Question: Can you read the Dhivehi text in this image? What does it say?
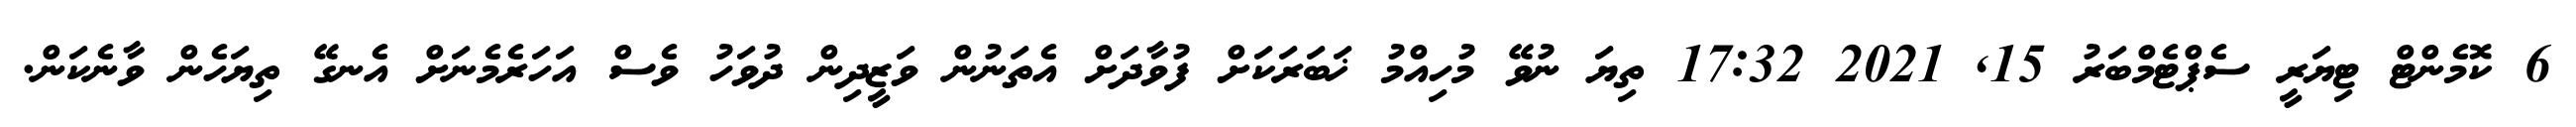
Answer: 6 ކޮމެންޓް ޓިޔަރީ ސެޕްޓެމްބަރު 15, 2021 17:32 ތިޔަ ނުވޭ މުހިއްމު ޚަބަރަކަށް ފުވާދަށް އެތަނުން ވަޒީދިން ދުވަހު ވެސް އަހަރެމެނަށް އެނގޭ ތިޔަހެން ވާނެކަން.